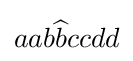
aab{\widehat {b}}ccdd